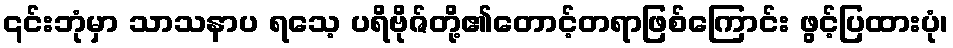
၎င်းဘုံမှာ သာသနာပ ရသေ့ ပရိဗိုဇ်တို့၏တောင့်တရာဖြစ်ကြောင်း ဖွင့်ပြထားပုံ၊